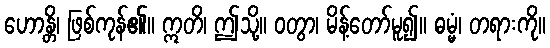
ဟောန္တိ၊ ဖြစ်ကုန်၏။ ဣတိ၊ ဤသို့။ ဝတွာ၊ မိန့်တော်မူ၍။ ဓမ္မံ၊ တရားကို။